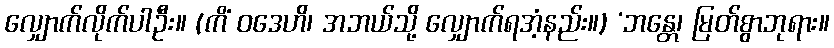
လျှောက်လိုက်ပါဦး။ (ကိံ ဝဒေဟိ၊ အဘယ်သို့ လျှောက်ရအံ့နည်း။) ‘ဘန္တေ၊ မြတ်စွာဘုရား။